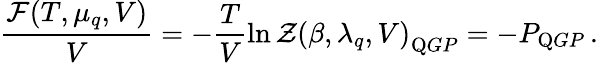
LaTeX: \frac{{\cal F}(T,\mu_{q},V)}{V}=-\frac{T}{V}\ln{{\cal Z}(\beta,\lambda_{q},V)}_{\mathrm QGP}=-P_{\mathrm QGP}\, .